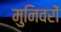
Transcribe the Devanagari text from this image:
मुनिवरों